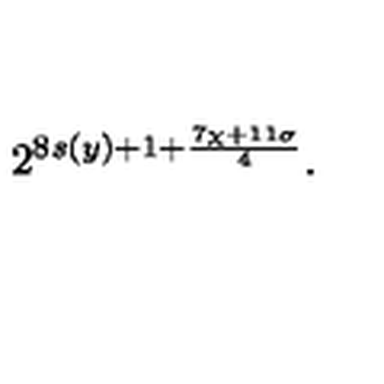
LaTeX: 2 ^ { 8 s ( y ) + 1 + \frac { 7 \chi + 1 1 \sigma } { 4 } } .